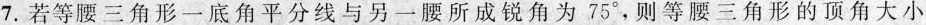
7.若等腰三角形一底角平分线与另一腰所成锐角为75^{\circ}，则等腰三角形的顶角大小